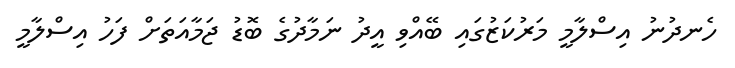
ހެނދުނު އިސްލާމީ މަރުކަޒުގައި ބޭއްވި އީދު ނަމާދުގެ ބޮޑު ޖަމާއަތަށް ފަހު އިސްލާމީ